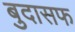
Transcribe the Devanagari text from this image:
बुदासफ